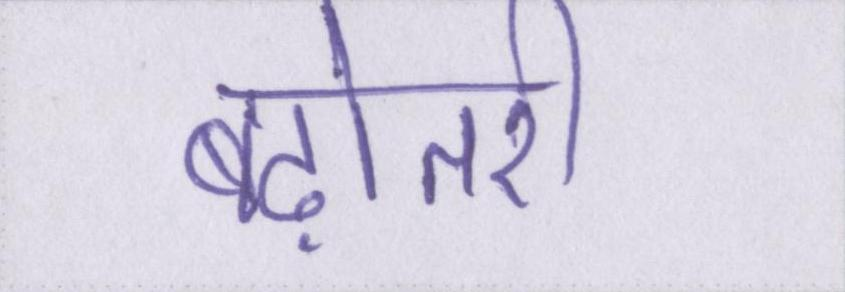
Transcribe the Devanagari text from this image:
बढ़ोतरी